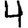
Digit: 4